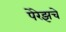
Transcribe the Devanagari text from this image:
पेरेझचे